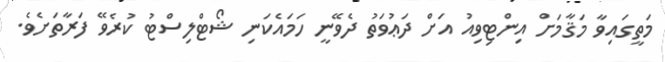
މަތީގައިވާ މަޤާމަށް އިންޓިވިއު އަށް ދަޢުވަތު ދެވޭނީ ހަމައެކަނި ޝޯޓްލިސްޓު ކުރެވޭ ފަރާތަށެވެ.